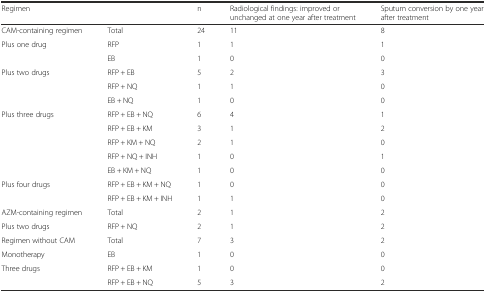
<table><thead><tr><td><b>Regimen</b></td><td></td><td><b>n</b></td><td><b>Radiological findings: improved or unchanged at one year after treatment</b></td><td><b>Sputum conversion by one year after treatment</b></td></tr></thead><tbody><tr><td>CAM-containing regimen</td><td>Total</td><td>24</td><td>11</td><td>8</td></tr><tr><td>Plus one drug</td><td>RFP</td><td>1</td><td>1</td><td>1</td></tr><tr><td></td><td>EB</td><td>1</td><td>0</td><td>0</td></tr><tr><td>Plus two drugs</td><td>RFP + EB</td><td>5</td><td>2</td><td>3</td></tr><tr><td></td><td>RFP + NQ</td><td>1</td><td>1</td><td>0</td></tr><tr><td></td><td>EB + NQ</td><td>1</td><td>0</td><td>0</td></tr><tr><td>Plus three drugs</td><td>RFP + EB + NQ</td><td>6</td><td>4</td><td>1</td></tr><tr><td></td><td>RFP + EB + KM</td><td>3</td><td>1</td><td>2</td></tr><tr><td></td><td>RFP + KM + NQ</td><td>2</td><td>1</td><td>0</td></tr><tr><td></td><td>RFP + NQ + INH</td><td>1</td><td>0</td><td>1</td></tr><tr><td></td><td>EB + KM + NQ</td><td>1</td><td>0</td><td>0</td></tr><tr><td>Plus four drugs</td><td>RFP + EB + KM + NQ</td><td>1</td><td>0</td><td>0</td></tr><tr><td></td><td>RFP + EB + KM + INH</td><td>1</td><td>1</td><td>0</td></tr><tr><td>AZM-containing regimen</td><td>Total</td><td>2</td><td>1</td><td>2</td></tr><tr><td>Plus two drugs</td><td>RFP + NQ</td><td>2</td><td>1</td><td>2</td></tr><tr><td>Regimen without CAM</td><td>Total</td><td>7</td><td>3</td><td>2</td></tr><tr><td>Monotherapy</td><td>EB</td><td>1</td><td>0</td><td>0</td></tr><tr><td>Three drugs</td><td>RFP + EB + KM</td><td>1</td><td>0</td><td>0</td></tr><tr><td></td><td>RFP + EB + NQ</td><td>5</td><td>3</td><td>2</td></tr></tbody></table>